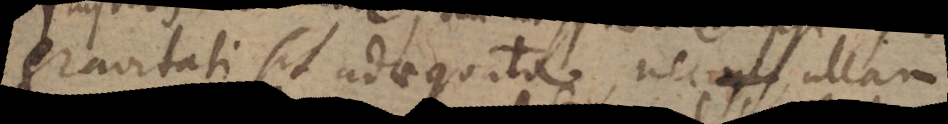
gravitati sit adaequata nec ullam